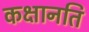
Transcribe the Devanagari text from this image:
कक्षानति